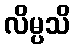
လိမ္ပသိ